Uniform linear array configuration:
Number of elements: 12
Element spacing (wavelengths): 0.5
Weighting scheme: hamming
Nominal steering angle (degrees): -15
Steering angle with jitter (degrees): -16.55
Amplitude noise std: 0.05
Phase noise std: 0.05

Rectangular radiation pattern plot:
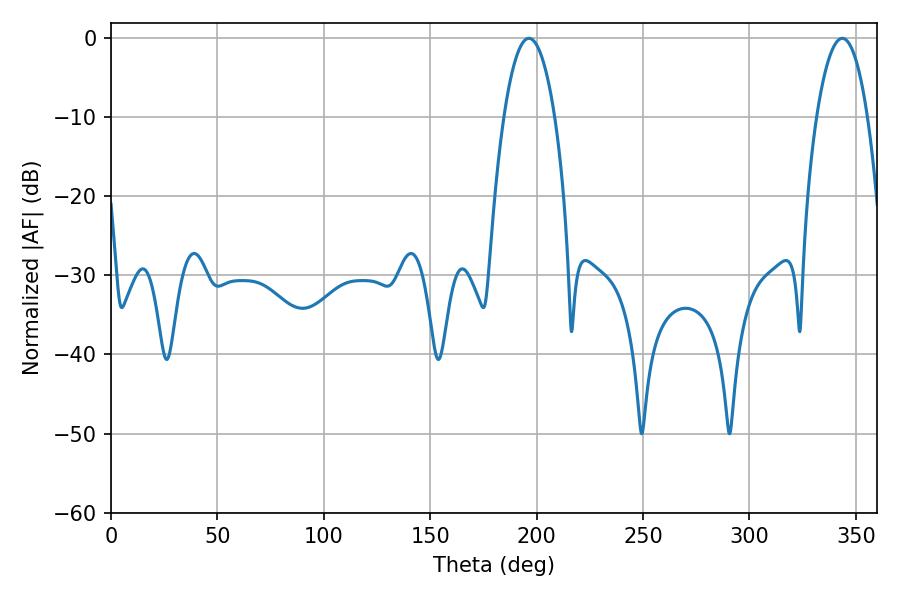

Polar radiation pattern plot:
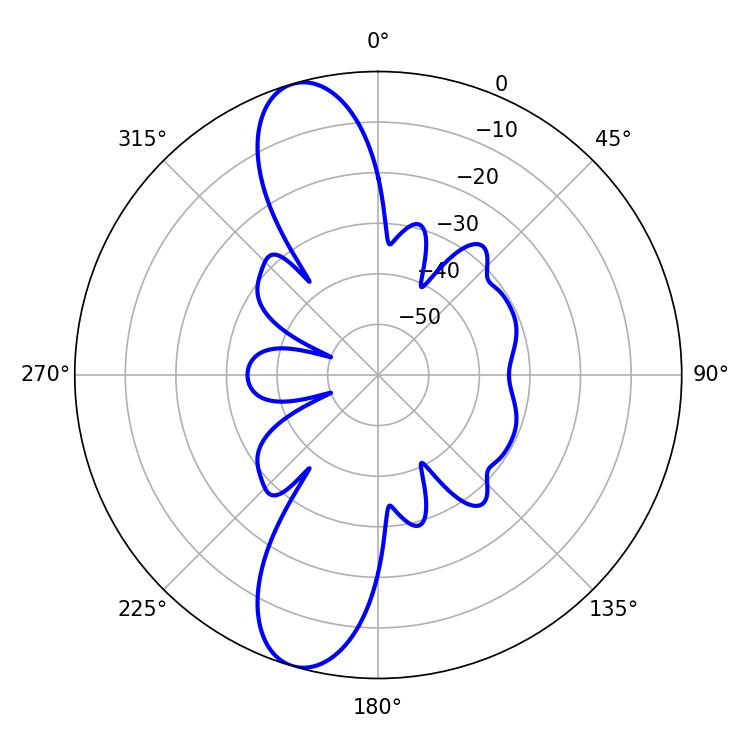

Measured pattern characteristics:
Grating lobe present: FALSE
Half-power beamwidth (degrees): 13.32
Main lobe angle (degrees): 196.38